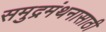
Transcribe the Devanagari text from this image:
समुद्रमंथनासाठी